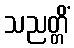
သညတ္တိံ